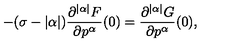
- ( \sigma - | \alpha | ) \frac { \partial ^ { | \alpha | } F } { \partial p ^ { \alpha } } ( 0 ) = \frac { \partial ^ { | \alpha | } G } { \partial p ^ { \alpha } } ( 0 ) ,